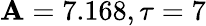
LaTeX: \mathbf{A}=7.168,\tau=7